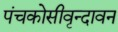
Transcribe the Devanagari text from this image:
पंचकोसीवृन्दावन